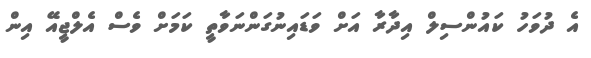
އެ ދުވަހު ކައުންސިލް އިދާރާ އަށް ވަޑައިނުގަންނަވާތީ ކަމަށް ވެސް އެލްޖީއޭ އިން